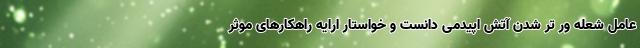
عامل شعله ور تر شدن آتش اپیدمی دانست و خواستار ارایه راهکارهای موثر